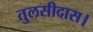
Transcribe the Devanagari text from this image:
तुलसीदास।